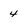
Character: 4